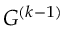
G ^ { ( k - 1 ) }